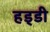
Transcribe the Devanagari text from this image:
हड्‍डी